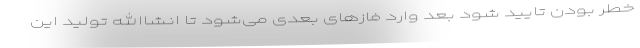
خطر بودن تایید شود بعد وارد فازهای بعدی می‌شود تا انشاالله تولید این